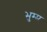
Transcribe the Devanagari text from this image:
भुम्म